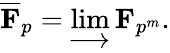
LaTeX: {\overline{{\mathbf{F}}}}_{p}=\varinjlim\mathbf{F}_{p^{m}}.